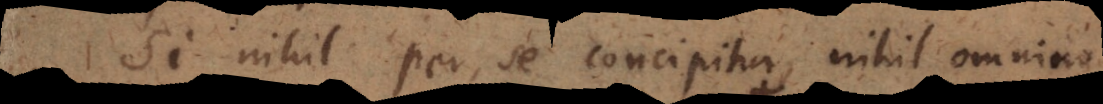
Si nihil per se concipitur, nihil omnino